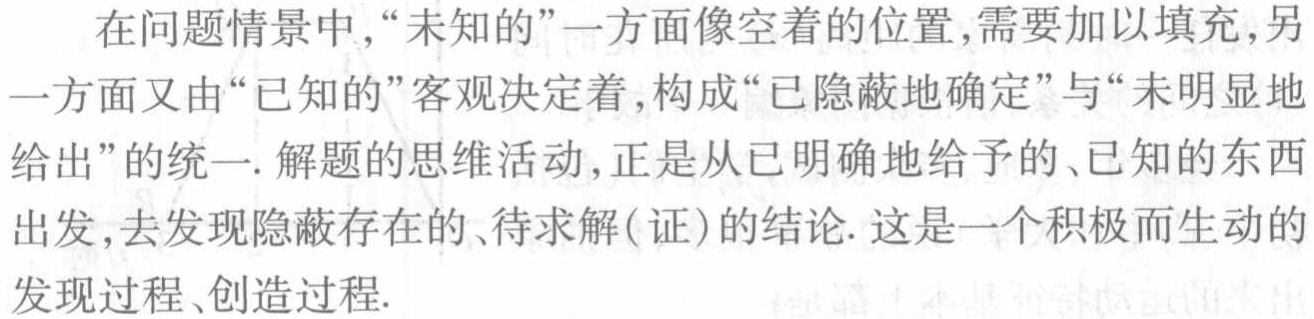
在问题情景中,“未知的”一方面像空着的位置,需要加以填充,另一方面又由“已知的”客观决定着,构成“已隐蔽地确定”与“未明显地给出”的统一. 解题的思维活动,正是从已明确地给予的、已知的东西出发,去发现隐蔽存在的、待求解(证)的结论. 这是一个积极而生动的发现过程、创造过程.